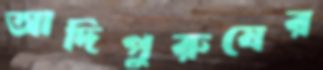
আদিপুরুষের